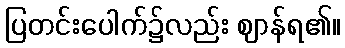
ပြတင်းပေါက်၌လည်း ဈာန်ရ၏။